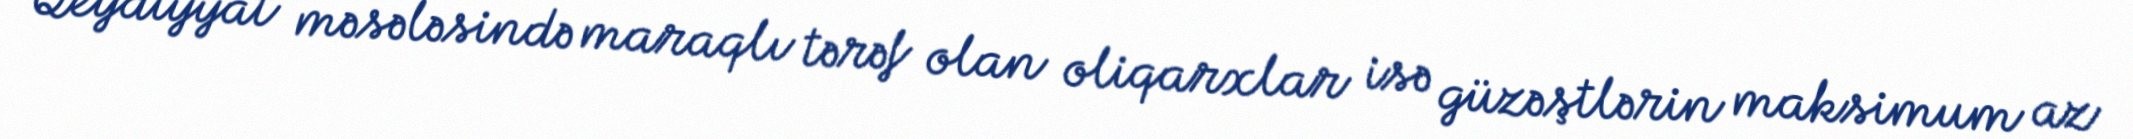
Qeydiyyat məsələsində maraqlı tərəf olan oliqarxlar isə güzəştlərin maksimum az